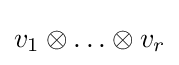
v_{1}\otimes \ldots \otimes v_{r}